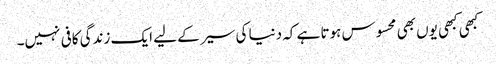
کبھی کبھی یوں بھی محسوس ہوتا ہے کہ دنیا کی سیر کے لیے ایک زندگی کافی نہیں۔